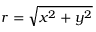
r = \sqrt { x ^ { 2 } + y ^ { 2 } }